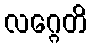
လဂ္ဂေတိ